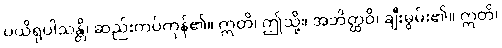
ပယိရုပါသန္တိ၊ ဆည်းကပ်ကုန်၏။ ဣတိ၊ ဤသို့။ အဘိတ္ထဝိ၊ ချီးမွမ်း၏။ ဣတိ၊